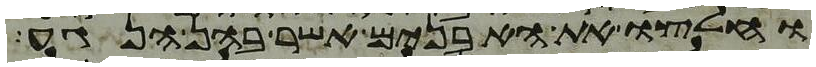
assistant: וחלצו את האבנים אשר בהן הנגע